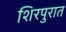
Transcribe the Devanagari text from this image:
शिरपुरात